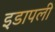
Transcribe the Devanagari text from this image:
इडापली